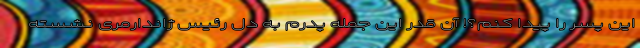
این پسر را پیدا کنم؟! آن قدر این جمله پدرم به دل رئیس ژاندارمری نشسته